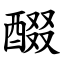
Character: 醊